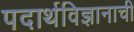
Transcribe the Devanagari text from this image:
पदार्थविज्ञानाची